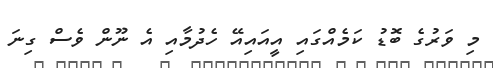
މި ވަރުގެ ބޮޑު ކަމެއްގައި އީއައިއޭ ހެދުމާއި އެ ނޫން ވެސް ގިނަ